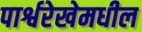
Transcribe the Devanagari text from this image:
पार्श्वरेखेमधील